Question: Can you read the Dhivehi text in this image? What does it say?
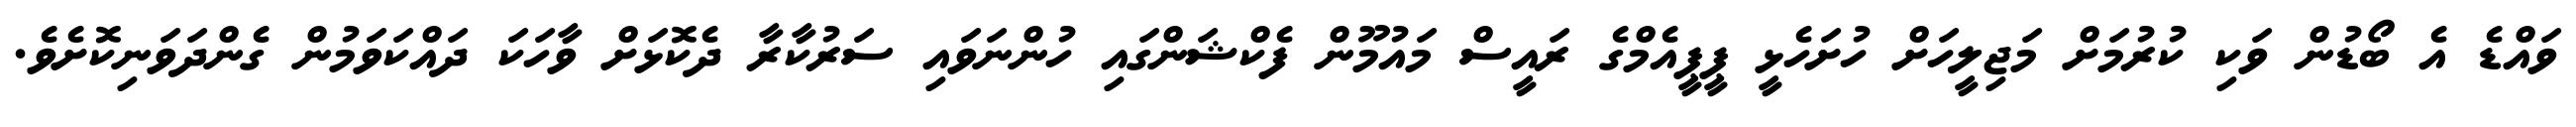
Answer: ވައްޑެ އެ ބޯޑުން ވަކި ކުރުމަށް މަޖިލީހަށް ހުށަހެޅީ ޕީޕީއެމްގެ ރައީސް މައުމޫން ފެކްޝަންގައި ހުންނަވައި ސަރުކާރާ ދެކޮޅަށް ވާހަކަ ދައްކަވަމުން ގެންދަވަނިކޮށެވެ.